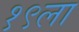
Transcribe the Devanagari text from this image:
१९ला